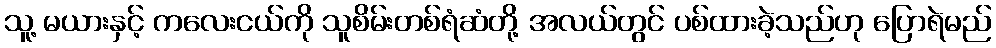
သူ့ မယားနှင့် ကလေးငယ်ကို သူစိမ်းတစ်ရံဆံတို့ အလယ်တွင် ပစ်ထားခဲ့သည်ဟု ပြောရဲမည်